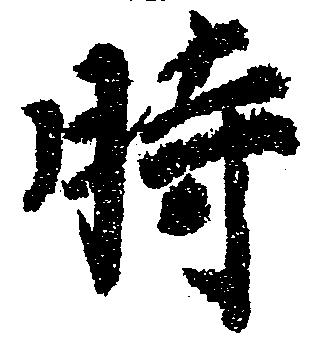
時